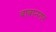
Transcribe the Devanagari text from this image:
बाबानगर